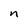
Character: n